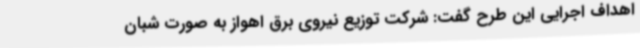
اهداف اجرایی این طرح گفت: شرکت توزیع نیروی برق اهواز به صورت شبان